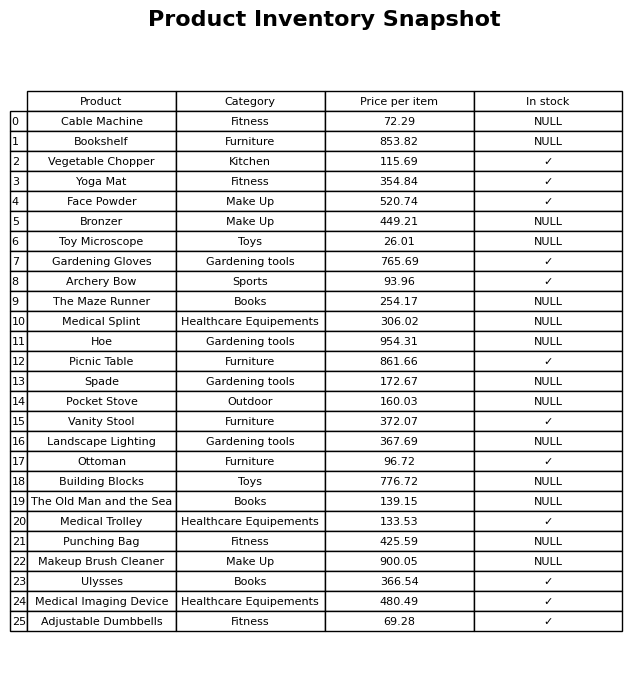
question: What is the price for Gardening Gloves?
answer: The price of Gardening Gloves is 765.69.